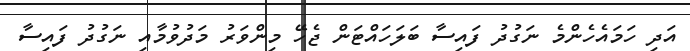
އަދި ހަމައެހެންމެ ނަގުދު ފައިސާ ބަލަހައްޓަން ޖެހޭ މިންވަރު މަދުވުމާއި ނަގުދު ފައިސާ